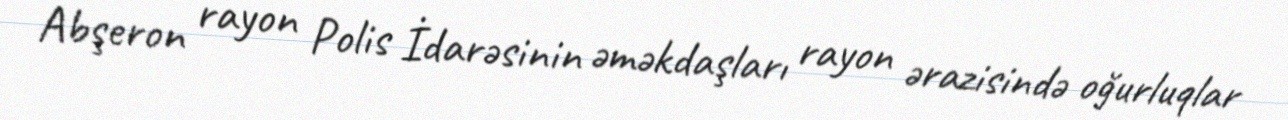
Abşeron rayon Polis İdarəsinin əməkdaşları rayon ərazisində oğurluqlar